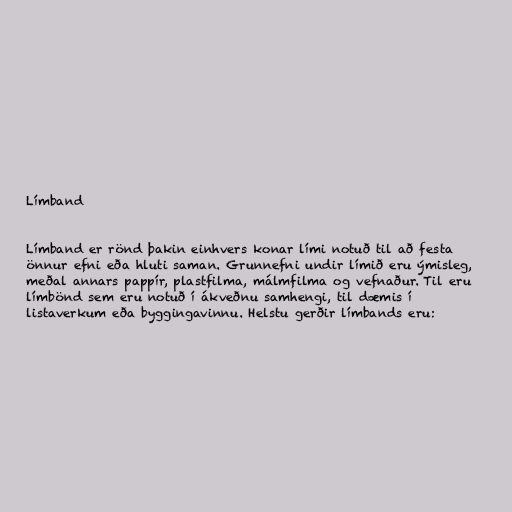
Límband

Límband er rönd þakin einhvers konar lími notuð til að festa
önnur efni eða hluti saman. Grunnefni undir límið eru ýmisleg,
meðal annars pappír, plastfilma, málmfilma og vefnaður. Til eru
límbönd sem eru notuð í ákveðnu samhengi, til dæmis í
listaverkum eða byggingavinnu. Helstu gerðir límbands eru: